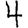
Digit: 4